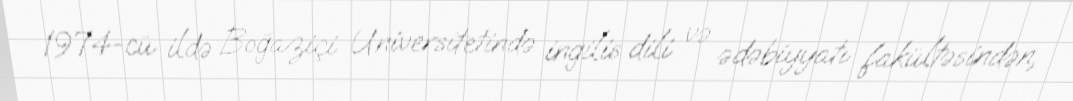
1974-cü ildə Boğaziçi Universitetində ingilis dili və ədəbiyyatı fakültəsindən,